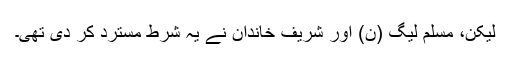
لیکن، مسلم لیگ (ن) اور شریف خاندان نے یہ شرط مسترد کر دی تھی۔